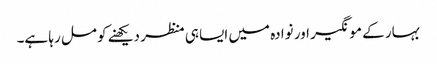
بہار کے مونگیر اور نوادہ میں ایسا ہی منظر دیکھنے کو مل رہا ہے۔